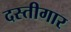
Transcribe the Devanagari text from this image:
दस्तीगार